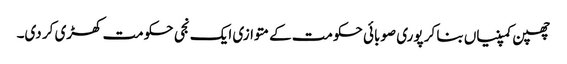
چھپن کمپنیاں بنا کر پوری صوبائی حکومت کے متوازی ایک نجی حکومت کھڑی کر دی۔